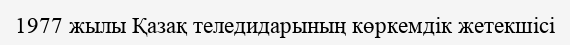
1977 жылы Қазақ теледидарының көркемдік жетекшісі